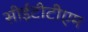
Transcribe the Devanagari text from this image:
सीईटीटीएम